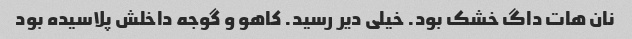
نان هات داگ خشک بود. خیلی دیر رسید. کاهو و گوجه داخلش پلاسیده بود